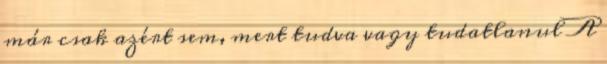
már csak azért sem, mert tudva vagy tudatlanul A